Civil Veterinary Dept. North-West Frontier Province 1933-46 - 1933-1946
Year: 1933
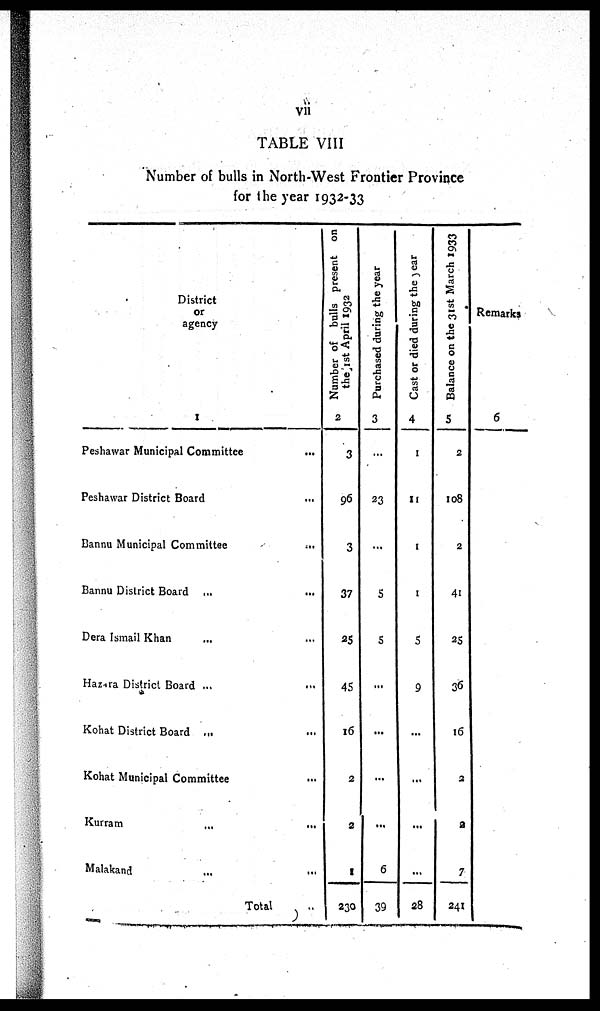
vii
TABLE VIII
Number of bulls in North-West Frontier Province
for the year 1932-33
District
or
agency
1
Peshawar Municipal Committee ...
Peshawar District Board ...
Bannu Municipal Committee ...
Bannu District Board ... ...
Dera Ismail Khan ... ...
Hazara District Board ...
Kohat District Board ... ...
Kohat Municipal Committee ...
Kurram ... ...
Malakand ... ...
Total ...
Number of bulls present on
the fist April 1932
2
3
96
3
37
25
45
16
2
2
1
230
Purchased during the year
3
...
23
...
5
5
...
...
...
...
6
39
Cast or died during the Year
4
1
11
1
1
5
9
...
...
...
...
28
Balance on the 31st March 1933
5
2
108
2
41
25
36
16
2
...
7
241
Remarks
6